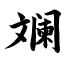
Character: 斓